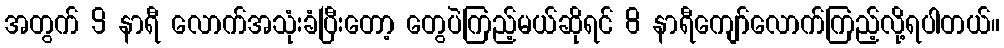
အတွက် 9 နာရီ လောက်အသုံးခံပြီးတော့ တွေပဲကြည့်မယ်ဆိုရင် 8 နာရီကျော်လောက်ကြည့်လို့ရပါတယ်။